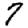
Digit: 7